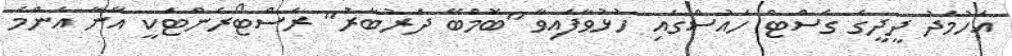
އަހުމަދު ދީދީގެ ގެސްޓް ހައުސްގައި ހުޅުވާފައިވާ "ބޮމްބޭ ދަރުބާރު" ރެސްޓޯރެންޓަކީ އޭނާ އެންމެ